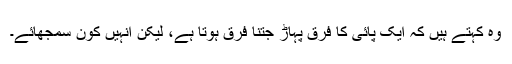
وہ کہتے ہیں کہ ایک پائی کا فرق پہاڑ جتنا فرق ہوتا ہے، لیکن انہیں کون سمجھائے۔